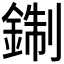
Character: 𨨪